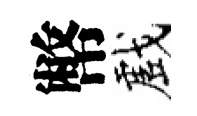
幣戲